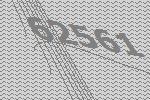
62561